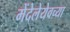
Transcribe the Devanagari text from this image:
मेंदेलेयेवच्या